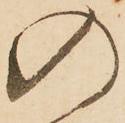
の